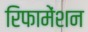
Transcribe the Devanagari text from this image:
रिफामेंशन